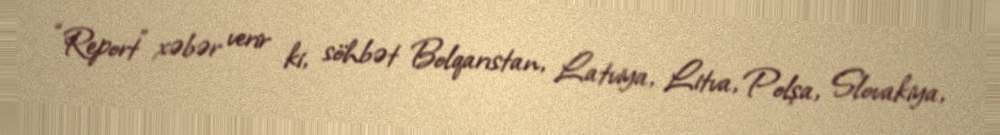
“Report” xəbər verir ki, söhbət Bolqarıstan, Latviya, Litva, Polşa, Slovakiya,